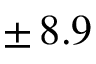
\pm \, 8 . 9